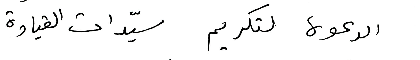
الدعوه لتكريم سيّدات القيادة